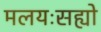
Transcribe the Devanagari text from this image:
मलयःसह्यो